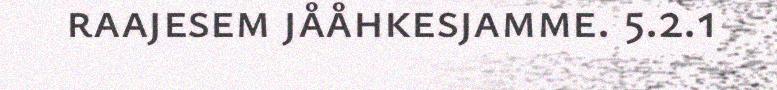
raajesem jååhkesjamme. 5.2.1